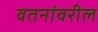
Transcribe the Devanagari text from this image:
वतनांवरील